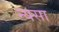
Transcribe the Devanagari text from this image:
न्यसा